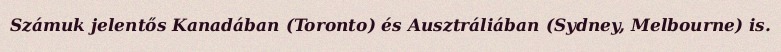
Számuk jelentős Kanadában (Toronto) és Ausztráliában (Sydney, Melbourne) is.